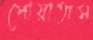
পোয়াতাম